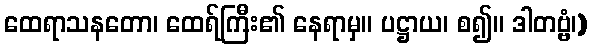
ထေရာသနတော၊ ထေရ်ကြီး၏ နေရာမှ။ ပဋ္ဌာယ၊ စ၍။ ဒါတဗ္ဗံ၊)